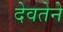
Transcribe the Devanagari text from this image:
देवतेने